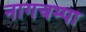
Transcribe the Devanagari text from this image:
नागचम्पा